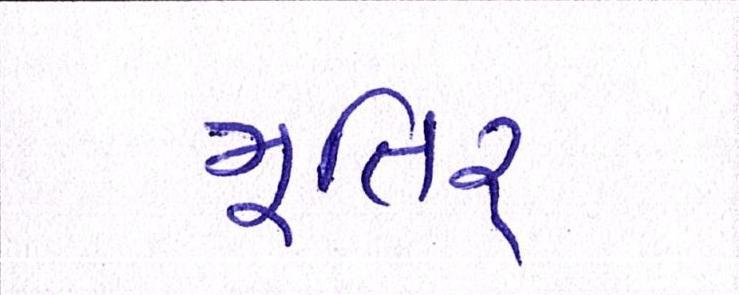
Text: મૂતિર્